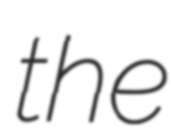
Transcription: the